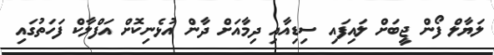
ލަޔާލް ފޯން ޖީބަށް ލައިފައި ސިޑިއާއި ދިމާއަށް ދާން އުޅެނިކޮށް އަފްލާކް ފަހަތުގައި